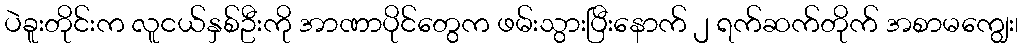
ပဲခူးတိုင်းက လူငယ်နှစ်ဦးကို အာဏာပိုင်တွေက ဖမ်းသွားပြီးနောက် ၂ ရက်ဆက်တိုက် အစာမကျွေး၊